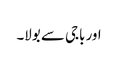
اور باجی سے بولا۔